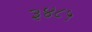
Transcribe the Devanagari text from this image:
३४८५